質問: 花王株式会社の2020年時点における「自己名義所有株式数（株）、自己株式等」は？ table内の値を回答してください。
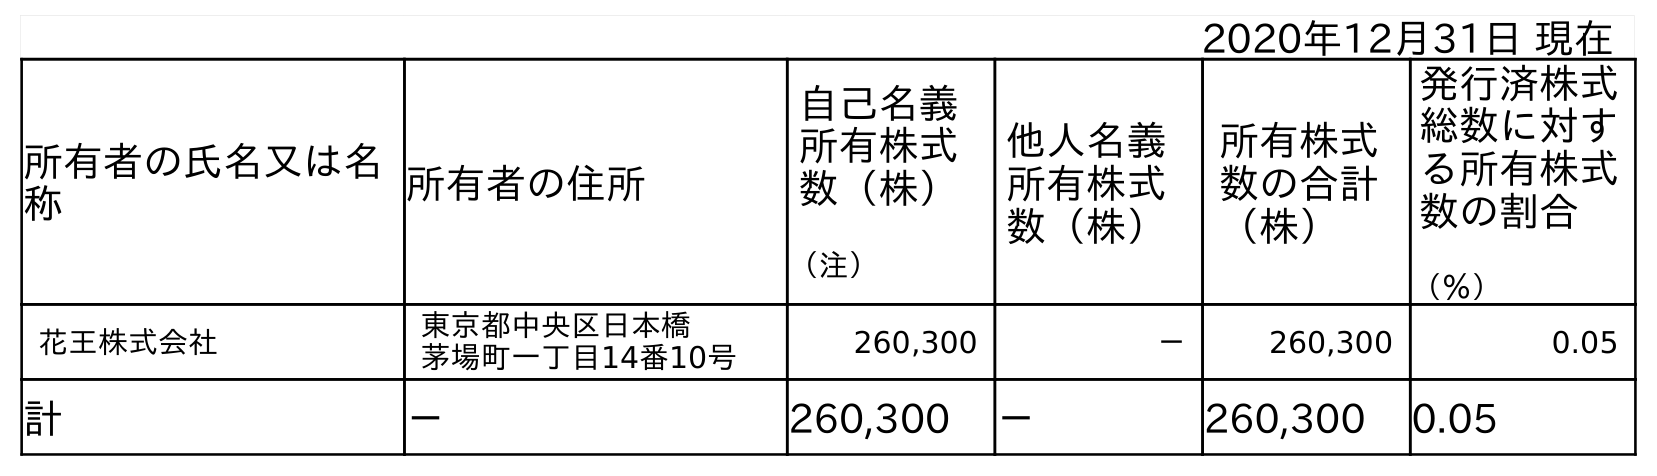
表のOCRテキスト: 2020年12月31日 現在 所有者の氏名又は名 称 所有者の住所 自己名義 所有株式 数（株） （注） 他人名義 所有株式 数（株） 所有株式 数の合計 （株） 発行済株式 総数に対す る所有株式 数の割合 （％） 花王株式会社 東京都中央区日本橋 茅場町一丁目14番10号 260,300 － 260,300 0.05 計 － 260,300 － 260,300 0.05
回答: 260,300